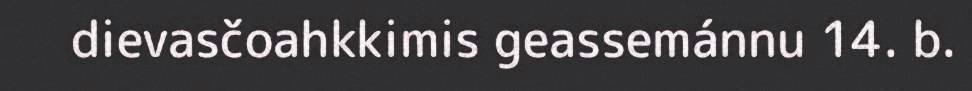
dievasčoahkkimis geassemánnu 14. b.